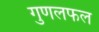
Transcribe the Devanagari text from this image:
गुणलफल